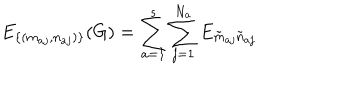
LaTeX: E _ { \{ ( m _ { a j } , n _ { a j } ) \} } ( G ) = \sum _ { a = 1 } ^ { s } \sum _ { j = 1 } ^ { N _ { a } } E _ { \tilde { m } _ { a j } \tilde { n } _ { a j } }